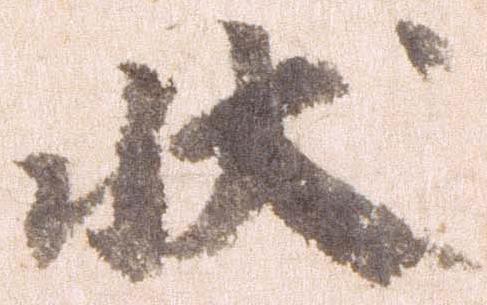
状